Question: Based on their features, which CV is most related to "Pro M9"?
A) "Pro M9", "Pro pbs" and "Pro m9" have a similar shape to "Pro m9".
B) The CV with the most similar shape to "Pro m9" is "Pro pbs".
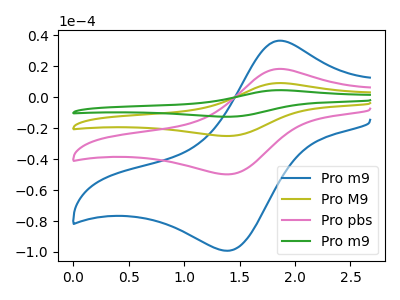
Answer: <think>The blue curve "Pro m9" has an anodic peak at (1.85V, 36.65uA) and a cathodic peak at (1.40V, -99.15uA). The olive curve "Pro M9" has an anodic peak at (1.85V, 36.80uA) and a cathodic peak at (1.40V, -99.55uA). The pink curve "Pro pbs" has an anodic peak at (1.85V, 18.40uA) and a cathodic peak at (1.40V, -49.80uA). The green curve "Pro m9" has an anodic peak at (1.85V, 55.20uA) and a cathodic peak at (1.40V, -149.35uA).
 All the peaks in "Pro m9" have a peak in "Pro M9" at the same potential. Every peak in "Pro m9" is lower than every peak in "Pro M9". All the peaks in "Pro m9" have a peak in "Pro pbs" at the same potential. Every peak in "Pro m9" is higher than every peak in "Pro pbs". All the peaks in "Pro m9" have a peak in "Pro m9" at the same potential. Every peak in "Pro m9" is lower than every peak in "Pro m9". All the peaks in "Pro M9" have a peak in "Pro pbs" at the same potential. Every peak in "Pro M9" is higher than every peak in "Pro pbs". All the peaks in "Pro M9" have a peak in "Pro m9" at the same potential. Every peak in "Pro M9" is lower than every peak in "Pro m9". All the peaks in "Pro pbs" have a peak in "Pro m9" at the same potential. Every peak in "Pro pbs" is lower than every peak in "Pro m9".</think>
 <answer>A) "Pro M9", "Pro pbs" and "Pro m9" have a similar shape to "Pro m9".</answer>
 <eval>A</eval>